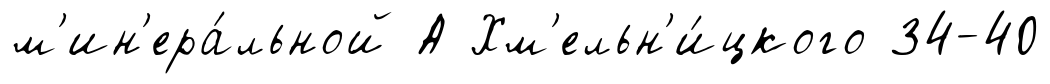
м'ин'ера́льной А Хм'ельн'и́цкого 34-40